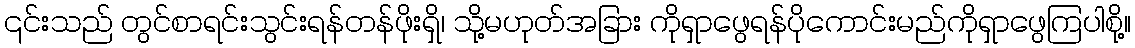
၎င်းသည် တွင်စာရင်းသွင်းရန်တန်ဖိုးရှိ၊ သို့မဟုတ်အခြား ကိုရှာဖွေရန်ပိုကောင်းမည်ကိုရှာဖွေကြပါစို့။